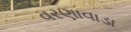
વરણાવાડા